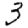
Digit: 3